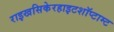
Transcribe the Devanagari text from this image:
राइखसिकेरहाइटशॉप्टाम्ट